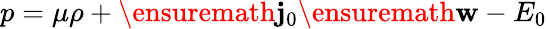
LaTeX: p=\mu\rho+\ensuremath{\mathbf{j}_{0}}\ensuremath{\mathbf{w}}-E_{0}